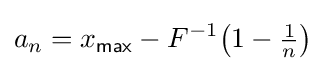
a_{n}=x_{\mathsf {max}}-F^{-1}\!\left(1-{\tfrac {1}{n}}\right)